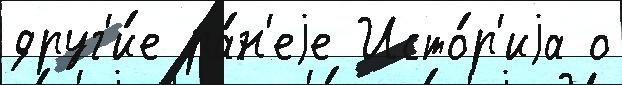
друг'и́е ра́н'еjе Исто́р'иjа о